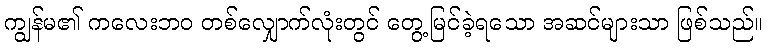
ကျွန်မ၏ ကလေးဘဝ တစ်လျှောက်လုံးတွင် တွေ့မြင်ခဲ့ရသော အဆင်များသာ ဖြစ်သည်။